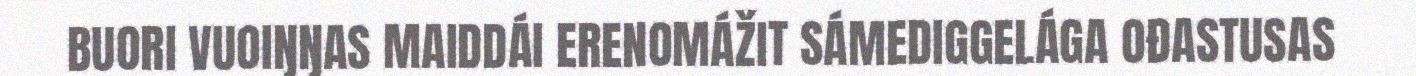
BUORI VUOIŊŊAS MAIDDÁI ERENOMÁŽIT SÁMEDIGGELÁGA OĐASTUSAS